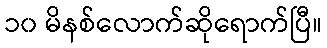
၁၀ မိနစ်လောက်ဆိုရောက်ပြီ။